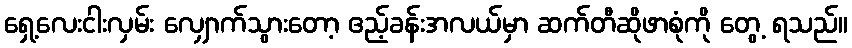
ရှေ့လေးငါးလှမ်း လျှောက်သွားတော့ ဧည့်ခန်းအလယ်မှာ ဆက်တီဆိုဖာစုံကို တွေ့ ရသည်။